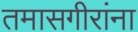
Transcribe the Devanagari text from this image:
तमासगीरांना